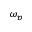
\omega _ { p }